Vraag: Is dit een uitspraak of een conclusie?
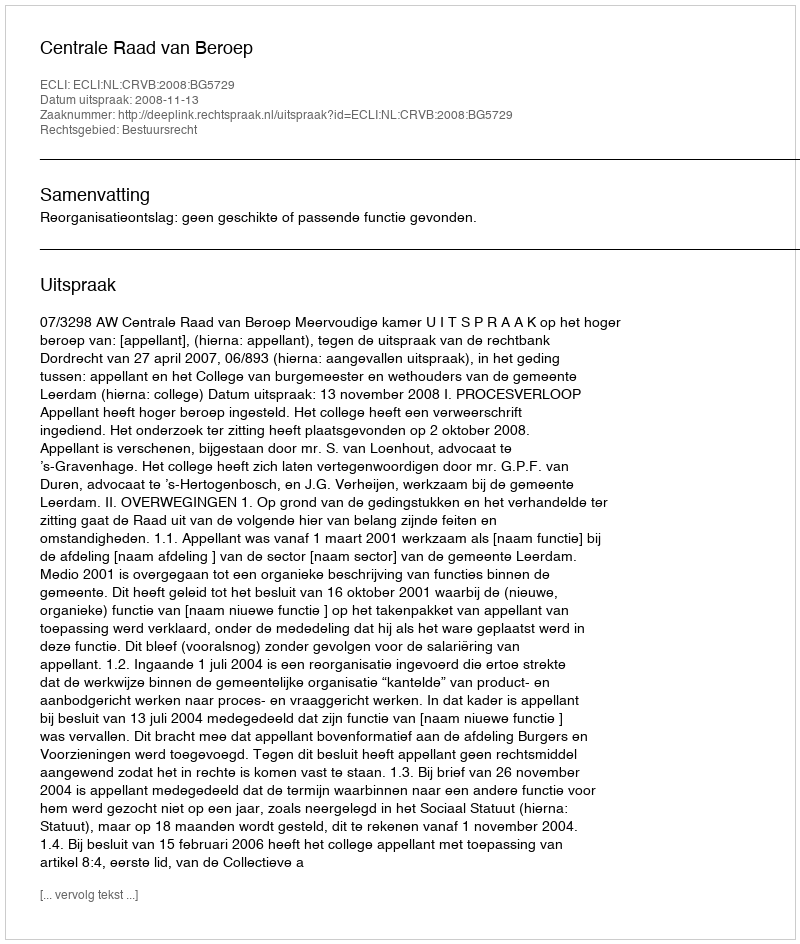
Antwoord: Uitspraak